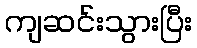
ကျဆင်းသွားပြီး